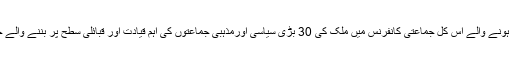
جمعیت علمائے اسلام کے جھنڈے تلے ہونے والے اس کل جماعتی کانفرنس میں ملک کی 30 بڑی سیاسی اورمذہبی جماعتوں کی اہم قیادت اور قبائلی سطح پر بننے والے جرگے کے اراکین نے شرکت کی تھی۔